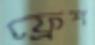
ফ্রেশ